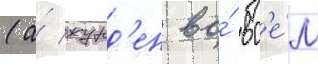
(а́ журд'ен во́ вс'е́м